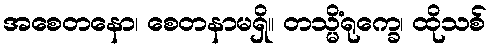
အစေတနော၊ စေတနာမရှိ။ တသ္မိံရုက္ခေ၊ ထိုသစ်